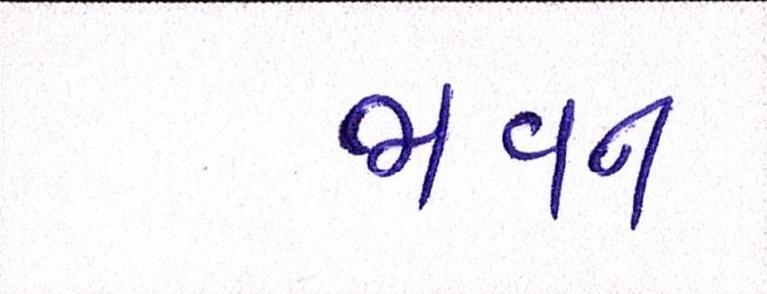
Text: ભવન